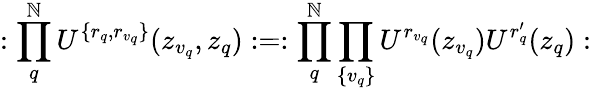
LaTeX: :\prod_{q}^{\mathbb{N}}U^{\{ r_{q},r_{v_{q}}\} }(z_{v_{q}},z_{q}):=:\prod_{q}^{\mathbb{N}}\prod_{\{ v_{q}\} }U^{r_{v_{q}}}(z_{v_{q}})U^{r_{q}^{\prime}}(z_{q}):